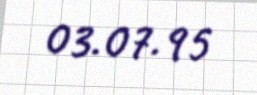
03.07.95